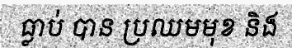
ធ្លាប់ បាន ប្រឈមមុខ និង